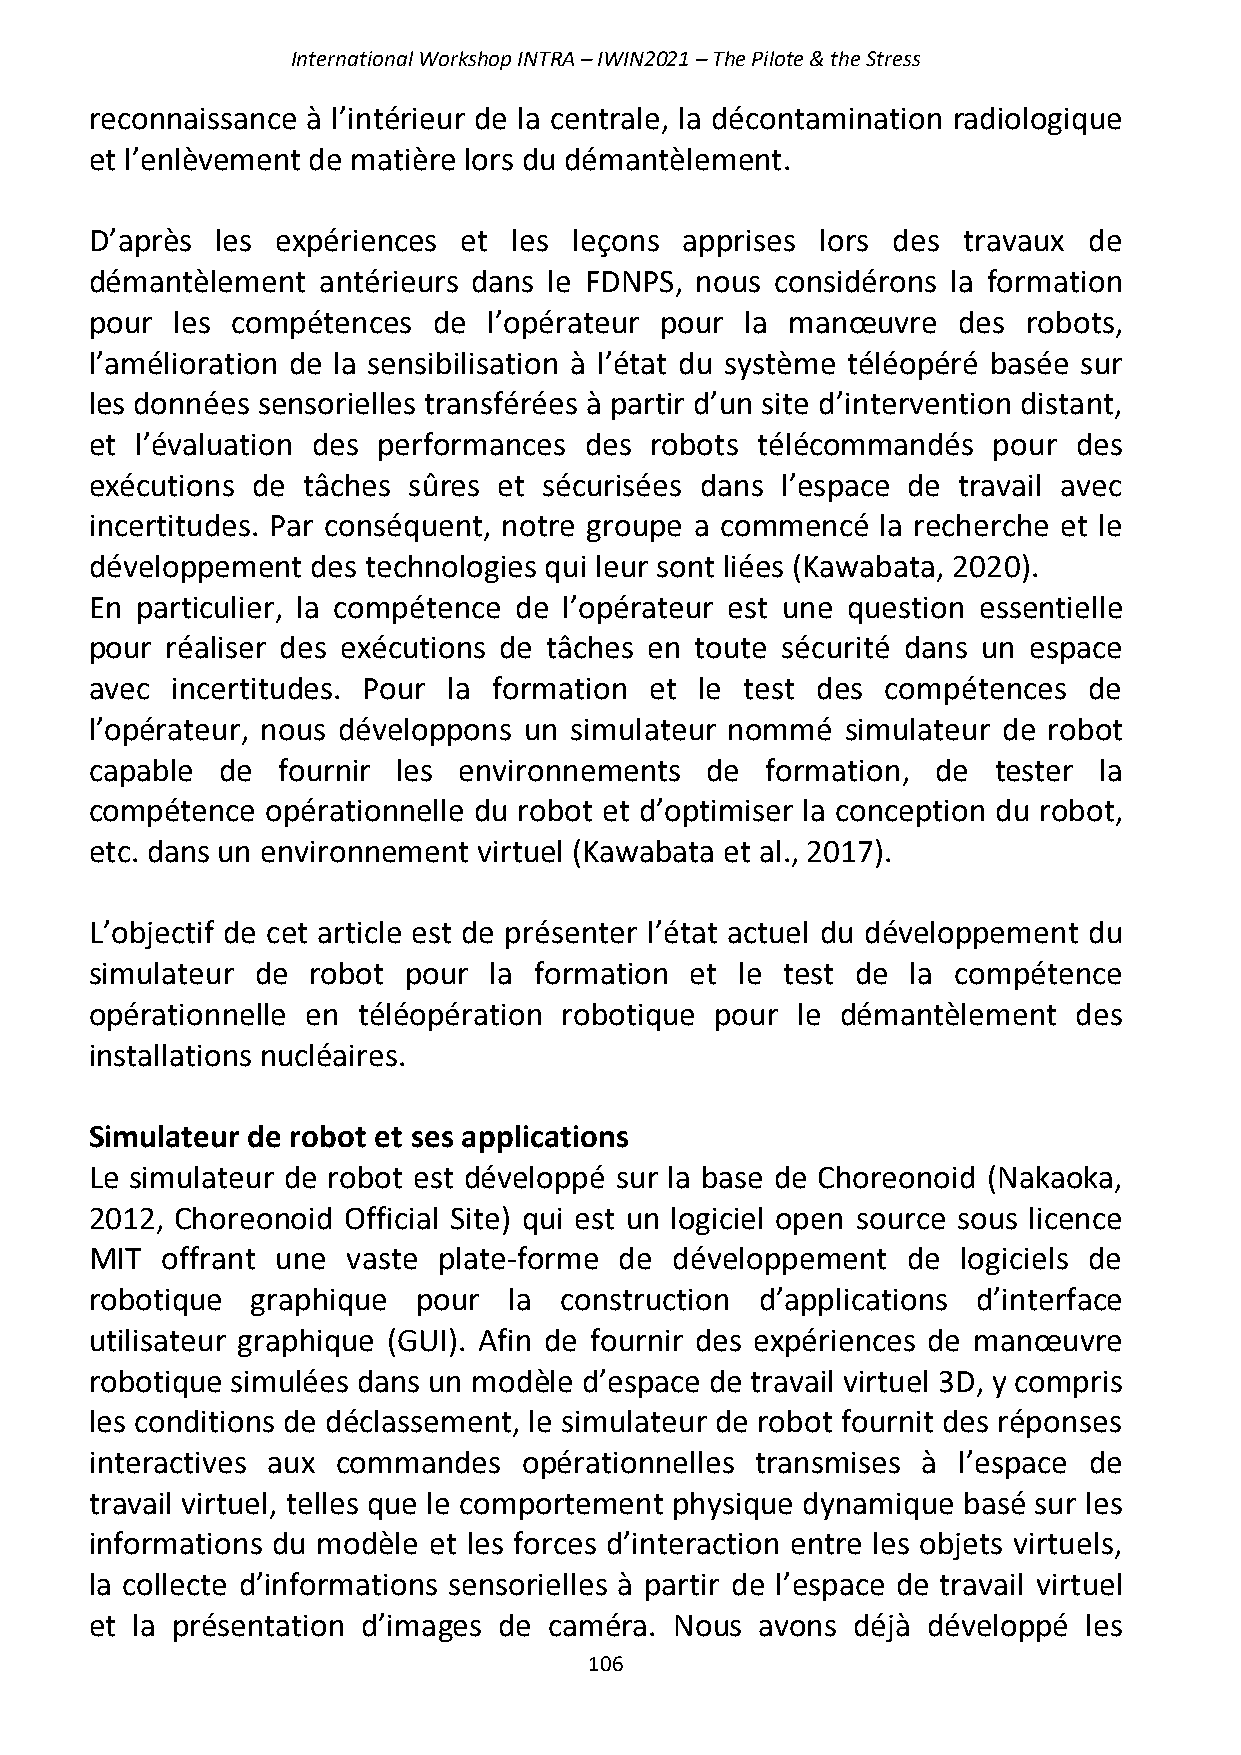
International Workshop INTRA – IWIN2021 – The Pilote & the Stress
 reconnaissance à l’intérieur de la centrale, la décontamination radiologique
 et l’enlèvement de matière lors du démantèlement.
 D’après les expériences  et les leçons apprises lors des  travaux de
 démantèlement  antérieurs dans le FDNPS, nous considérons la formation
 pour les compétences   de l’opérateur pour la manœuvre   des  robots,
 l’amélioration de la sensibilisation à l’état du système téléopéré basée sur
 les données sensorielles transférées à partir d’un site d’intervention distant,
 et l’évaluation des performances des robots télécommandés   pour des
 exécutions de tâches sûres et sécurisées dans l’espace de travail avec
 incertitudes. Par conséquent, notre groupe a commencé la recherche et le
 développement  des technologies qui leur sont liées (Kawabata, 2020).
 En particulier, la compétence de l’opérateur est une question essentielle
 pour réaliser des exécutions de tâches en toute sécurité dans un espace
 avec incertitudes. Pour la formation et le test des  compétences  de
 l’opérateur, nous développons un simulateur nommé simulateur de robot
 capable de  fournir les environnements   de  formation, de  tester la
 compétence  opérationnelle du robot et d’optimiser la conception du robot,
 etc. dans un environnement virtuel (Kawabata et al., 2017).
 L’objectif de cet article est de présenter l’état actuel du développement du
 simulateur de robot  pour la formation  et le test de la compétence
 opérationnelle en téléopération robotique pour le démantèlement  des
 installations nucléaires.
 Simulateur de robot et ses applications
 Le simulateur de robot est développé sur la base de Choreonoid (Nakaoka,
 2012, Choreonoid Official Site) qui est un logiciel open source sous licence
 MIT  offrant une vaste plate-forme de  développement  de  logiciels de
 robotique  graphique  pour  la construction d’applications d’interface
 utilisateur graphique (GUI). Afin de fournir des expériences de manœuvre
 robotique simulées dans un modèle d’espace de travail virtuel 3D, y compris
 les conditions de déclassement, le simulateur de robot fournit des réponses
 interactives aux commandes   opérationnelles transmises à l’espace de
 travail virtuel, telles que le comportement physique dynamique basé sur les
 informations du modèle et les forces d’interaction entre les objets virtuels,
 la collecte d’informations sensorielles à partir de l’espace de travail virtuel
 et la présentation d’images de caméra. Nous avons déjà développé  les
 106